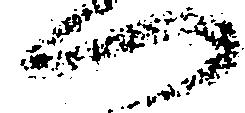
へ